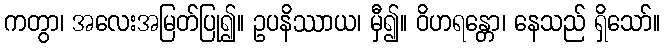
ကတွာ၊ အလေးအမြတ်ပြု၍။ ဥပနိဿာယ၊ မှီ၍။ ဝိဟရန္တော၊ နေသည် ရှိသော်။